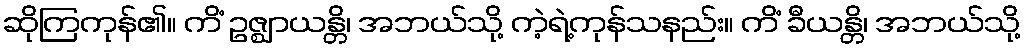
ဆိုကြကုန်၏။ ကိံ ဥဇ္ဈာယန္တိ၊ အဘယ်သို့ ကဲ့ရဲ့ကုန်သနည်း။ ကိံ ခီယန္တိ၊ အဘယ်သို့